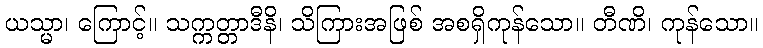
ယသ္မာ၊ ကြောင့်။ သက္ကတ္တာဒီနိ၊ သိကြားအဖြစ် အစရှိကုန်သော။ တီဏိ၊ ကုန်သော။